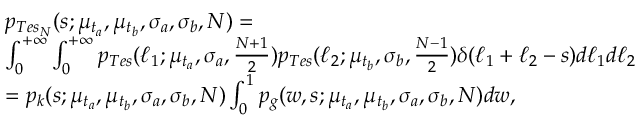
\begin{array} { r l } & { p _ { T e s _ { N } } ( s ; \mu _ { t _ { a } } , \mu _ { t _ { b } } , \sigma _ { a } , \sigma _ { b } , N ) = } \\ & { \int _ { 0 } ^ { + \infty } \int _ { 0 } ^ { + \infty } p _ { T e s } ( \ell _ { 1 } ; \mu _ { t _ { a } } , \sigma _ { a } , \frac { N + 1 } { 2 } ) p _ { T e s } ( \ell _ { 2 } ; \mu _ { t _ { b } } , \sigma _ { b } , \frac { N - 1 } { 2 } ) \delta ( \ell _ { 1 } + \ell _ { 2 } - s ) d \ell _ { 1 } d \ell _ { 2 } } \\ & { = p _ { k } ( s ; \mu _ { t _ { a } } , \mu _ { t _ { b } } , \sigma _ { a } , \sigma _ { b } , N ) \int _ { 0 } ^ { 1 } p _ { g } ( w , s ; \mu _ { t _ { a } } , \mu _ { t _ { b } } , \sigma _ { a } , \sigma _ { b } , N ) d w , } \end{array}